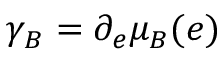
\gamma _ { B } = \partial _ { e } \mu _ { B } ( e )